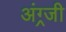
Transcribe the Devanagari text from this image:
अंग्र्जी